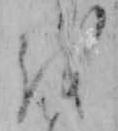
を